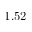
1 . 5 2